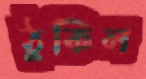
ঠুকিল